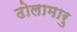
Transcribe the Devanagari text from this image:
ढोलामारु